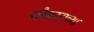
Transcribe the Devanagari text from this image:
चौकाराच्या